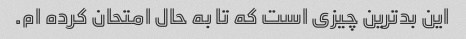
این بدترین چیزی است که تا به حال امتحان کرده ام.